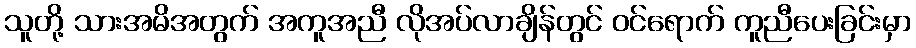
သူတို့ သားအမိအတွက် အကူအညီ လိုအပ်လာချိန်တွင် ဝင်ရောက် ကူညီပေးခြင်းမှာ